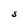
Character: S